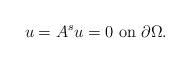
LaTeX: \begin{align*}u = A^s u = 0\mbox{ on }\partial\Omega.\end{align*}